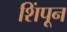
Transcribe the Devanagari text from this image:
शिंपून